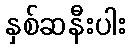
နှစ်ဆနီးပါး